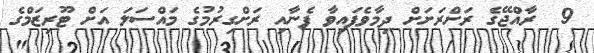
9  ރާއްޖޭގެ ރަށްރަށަށް ދިމާވެފައިވާ ފެނާއި ރަށްގިރުމުގެ މައްސަލަ އަށް ޓޫރިޒަމްގެ